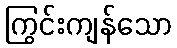
ကြွင်းကျန်သော